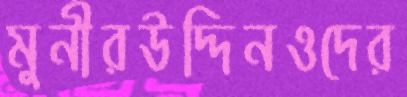
মুনীরউদ্দিনওদের